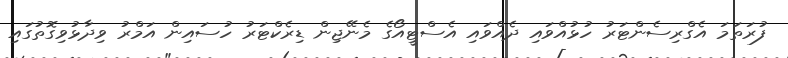
ފުރަތަމަ އެގްރިސެންޓަރު ހުޅުއްވައި ދެއްވައި އެސްޓީއޯގެ މެނޭޖިން ޑިރެކްޓަރު ހުސައިން އަމްރު ވިދާޅުވިގޮތުގައި